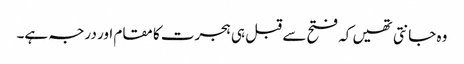
وہ جانتی تھیں کہ فتح سے قبل ہی ہجرت کا مقام اور درجہ ہے۔